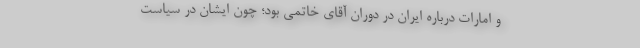
و امارات درباره ایران در دوران آقای خاتمی بود؛ چون ایشان در سیاست